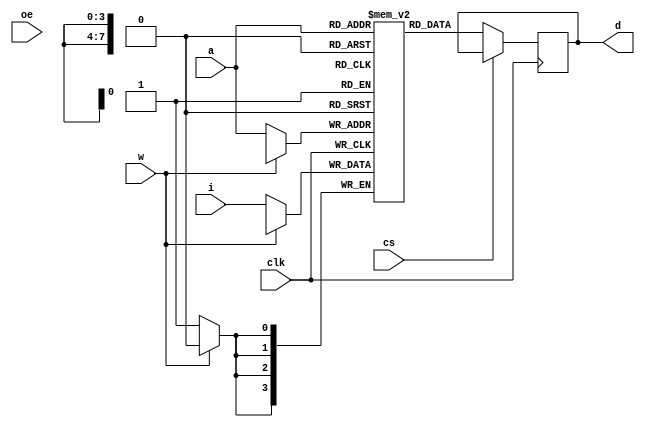
//
//
//
module ram_137250(
		  input        clk,
		  input [7:0]  a,
		  input [3:0]  i,
		  output [3:0] d,
		  input        cs,
		  input        w,
		  input        oe
		 );

   reg [3:0] ram[0:255];
   reg [3:0] data;
   
`ifdef debug
   integer    j;
   
   initial
     begin
	for (j = 0; j < 256; j = j + 1)
	  ram[j] = 0;
     end
`endif

   assign d = data;

   always @(posedge clk)
     if (cs == 0)
       data <= ram[a];

   always @(posedge clk)
     if (w == 0)
       ram[a] <= i;
   
`ifdef async
   assign d = ram[a];

   always @(a or cs2 or cs1 or w)
     if (w == 0)
       ram[a] = i;
   
`endif
   
endmodule // ram_137250